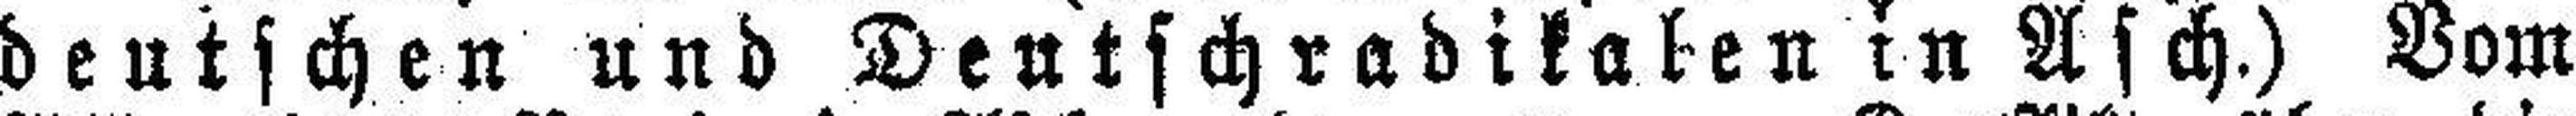
deutschen und Deutschradikalen in Asch.) Vom